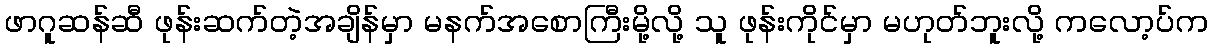
ဖာဂူဆန်ဆီ ဖုန်းဆက်တဲ့အချိန်မှာ မနက်အစောကြီးမို့လို့ သူ ဖုန်းကိုင်မှာ မဟုတ်ဘူးလို့ ကလော့ပ်က